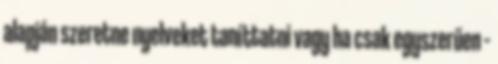
alapján szeretne nyelveket taníttatni vagy ha csak egyszerűen –